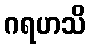
ဂရဟသိ